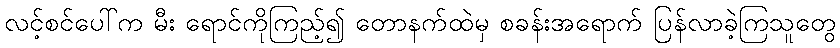
လင့်စင်ပေါ်က မီး ရောင်ကိုကြည့်၍ တောနက်ထဲမှ စခန်းအရောက် ပြန်လာခဲ့ကြသူတွေ